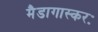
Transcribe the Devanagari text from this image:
मैडागास्करः